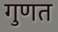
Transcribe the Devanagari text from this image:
गुणत